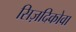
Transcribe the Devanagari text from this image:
सिज़दिकोवा